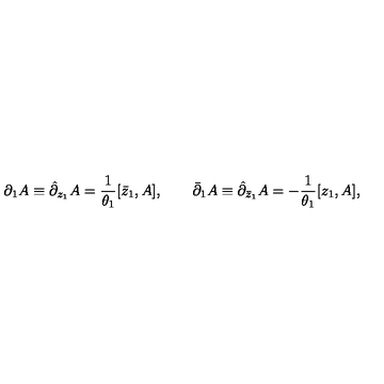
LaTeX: \partial _ { 1 } A \equiv \hat { \partial } _ { z _ { 1 } } A = { \frac { 1 } { \theta _ { 1 } } } [ \bar { z } _ { 1 } , A ] , \qquad \bar { \partial } _ { 1 } A \equiv \hat { \partial } _ { \bar { z } _ { 1 } } A = - { \frac { 1 } { \theta _ { 1 } } } [ z _ { 1 } , A ] ,